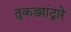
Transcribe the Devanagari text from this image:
तुकड्यांद्वारे